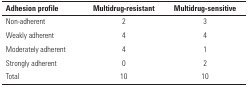
<table><thead><tr><td><b> Adhesion profile </b></td><td><b>Multidrug-resistant</b></td><td><b>Multidrug-sensitive</b></td></tr></thead><tbody><tr><td>Non-adherent</td><td>2</td><td>3</td></tr><tr><td>Weakly adherent</td><td>4</td><td>4</td></tr><tr><td>Moderately adherent</td><td>4</td><td>1</td></tr><tr><td>Strongly adherent</td><td>0</td><td>2</td></tr><tr><td>Total</td><td>10</td><td>10</td></tr></tbody></table>